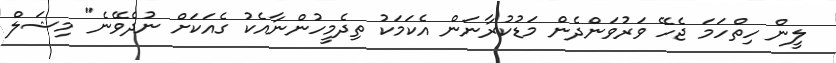
ލީން ހިތްހަމަ ޖެހޭ ވަރުވަންދެން މަޑުކުރާނަން އެކަމަކު ތިދެމީހުންނާއެކު ގެއަކަށް ނުދެވޭނެ" މިޝަލް